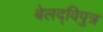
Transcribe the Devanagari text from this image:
बेलद्विपुत्र